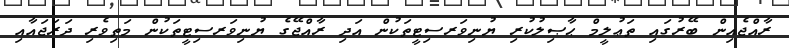
ރާއްޖެއިން ބޭރުގައި ތަޢުލީމް ޙާޞިލުކުރި ޔުނިވަރސިޓީތަކުން އަދި ރާއްޖޭގެ ޔުނިވަރސިޓީތަކުން މަތިވެރި ދަރަޖައާއި